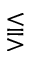
\lesseqqgtr